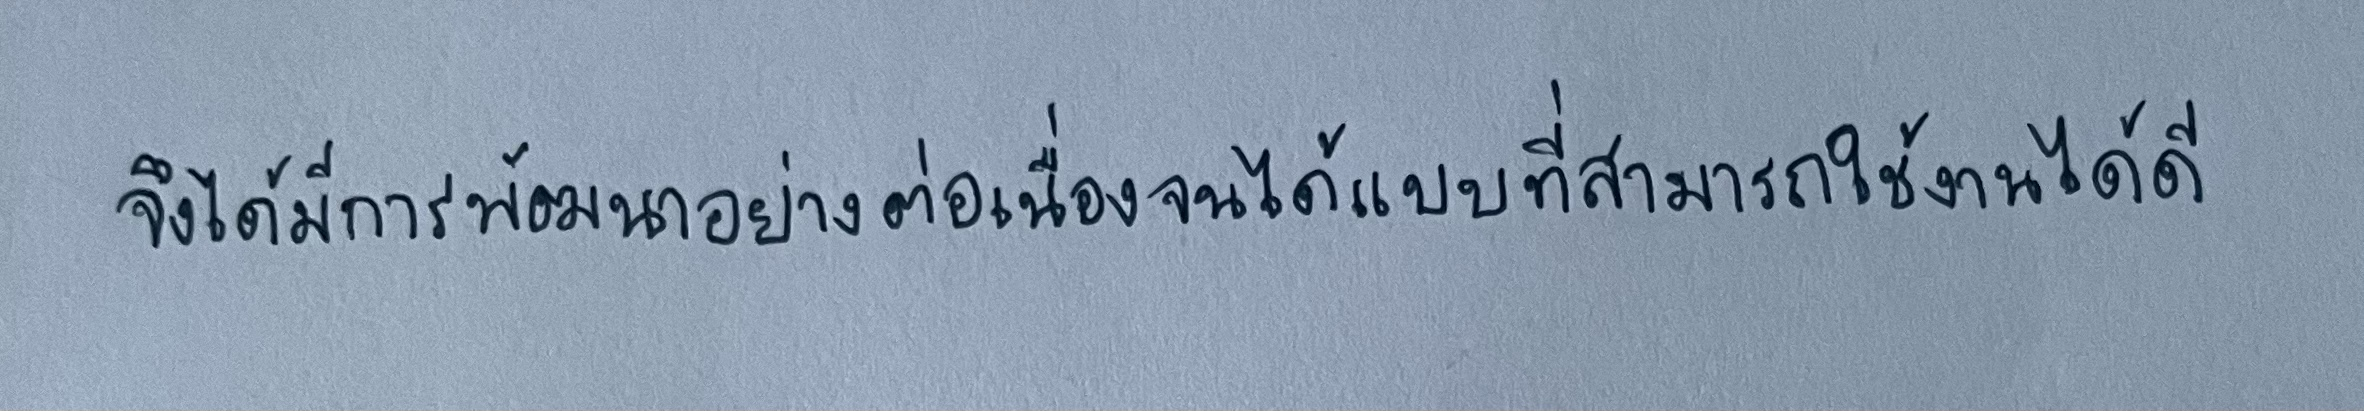
จึงได้มีการพัฒนาอย่างต่อเนื่องจนได้แบบที่สามารถใช้งานได้ดี